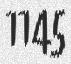
1145